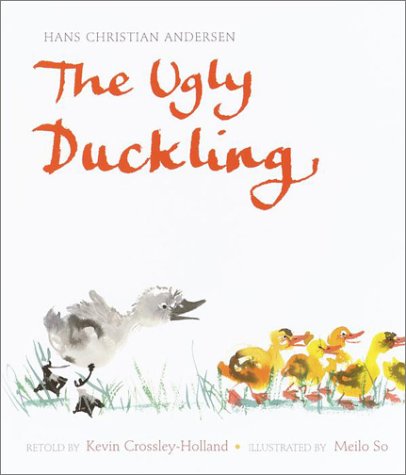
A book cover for The Ugly Duckling; Hans Christian Andersen; Children's Books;